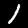
Digit: 1